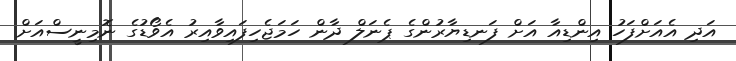
އަދި އެއަށްފަހު އިންޑިއާ އަށް ފަނޑިޔާރުންގެ ޕެނަލް ދާން ހަމަޖެހިފައިވާއިރު އެވޯޑުގެ ނޮމިނީސްއަށް